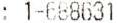
: 1-688631